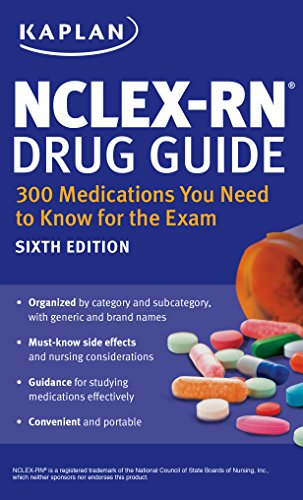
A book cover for NCLEX-RN Drug Guide: 300 Medications You Need to Know for the Exam (Kaplan Test Prep); Kaplan; Test Preparation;